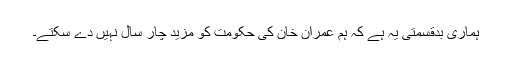
ہماری بدقسمتی یہ ہے کہ ہم عمران خان کی حکومت کو مزید چار سال نہیں دے سکتے۔